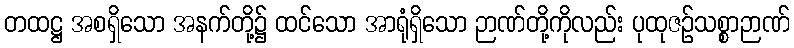
တထဋ္ဌ အစရှိသော အနက်တို့၌ ထင်သော အာရုံရှိသော ဉာဏ်တို့ကိုလည်း ပုထုဇဉ်သစ္စာဉာဏ်